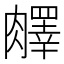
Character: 𦡇